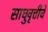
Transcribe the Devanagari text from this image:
साधुवृत्तीचे